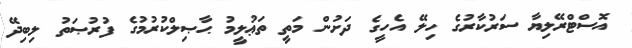
އޮސްޓްރޭލިޔާ ސަރުކާރުގެ ހިލޭ އެހީގެ ދަށުން މަތީ ތަޢުލީމު ޙާޞިލްކުރުމުގެ ފުރުޞަތު ލިބިދޭ